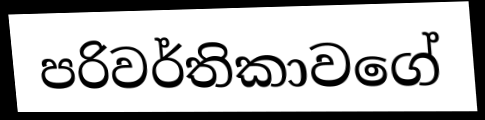
පරිවර්තිකාවගේ